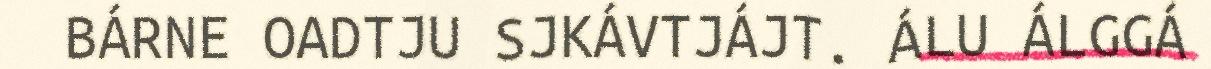
BÁRNE OADTJU SJKÁVTJÁJT. ÁLU ÁLGGÁ